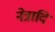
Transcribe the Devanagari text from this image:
नेत्रादि